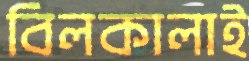
বিলকালাই